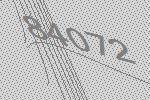
84072